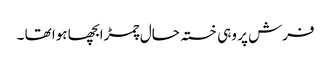
فرش پر وہی خستہ حال چمڑابچھا ہوا تھا ۔